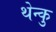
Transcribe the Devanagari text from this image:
थेन्कु